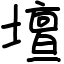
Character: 壇